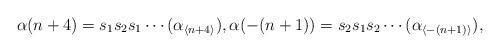
LaTeX: \begin{align*}\alpha(n+4) = s_1s_2s_1\cdots (\alpha_{\langle n + 4 \rangle}),\alpha(-(n+1)) = s_2s_1s_2\cdots (\alpha_{\langle -(n+1)\rangle}),\end{align*}